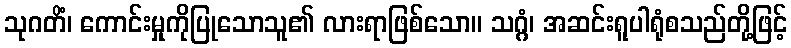
သုဂတိံ၊ ကောင်းမှုကိုပြုသောသူ၏ လားရာဖြစ်သော။ သဂ္ဂံ၊ အဆင်းရူပါရုံစသည်တို့ဖြင့်